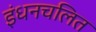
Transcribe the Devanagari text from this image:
इंधनचलित